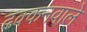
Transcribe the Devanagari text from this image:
ढक्कनवाले